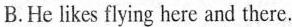
B. He likes flying here and there.